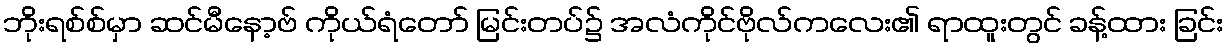
ဘိုးရစ်စ်မှာ ဆင်မီနော့ဗ် ကိုယ်ရံတော် မြင်းတပ်၌ အလံကိုင်ဗိုလ်ကလေး၏ ရာထူးတွင် ခန့်ထား ခြင်း